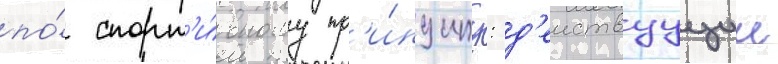
по́ спорт'и́вному пр'и́нципу: д'еиствуущии